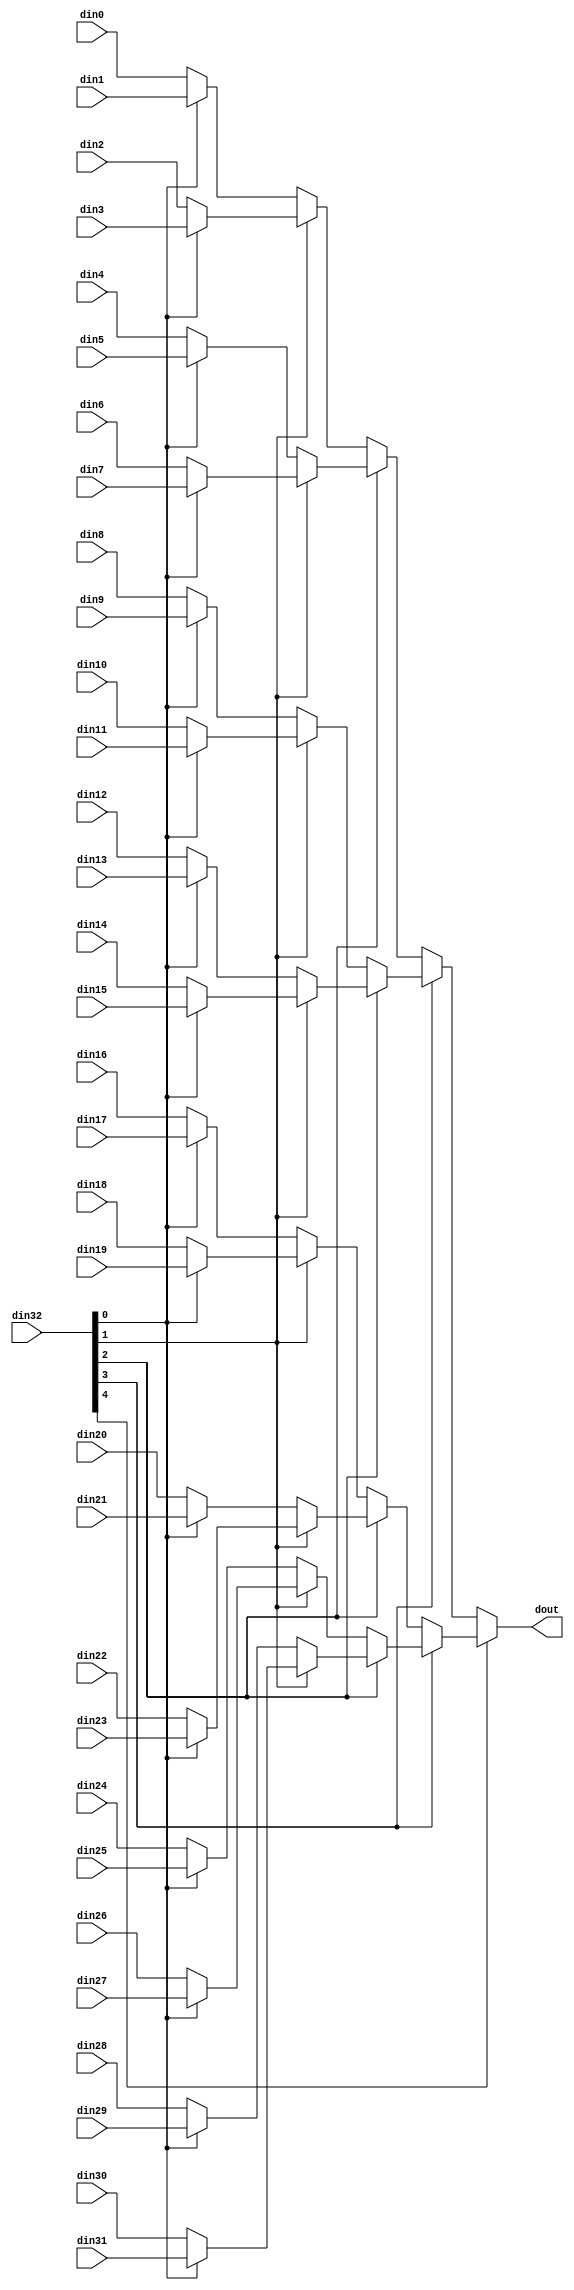
// This program was cloned from: https://github.com/zainryan/INSIDER-System
// License: MIT License

// ==============================================================
// File generated by Vivado(TM) HLS - High-Level Synthesis from C, C++ and SystemC
// Version: 2017.4.op
// Copyright (C) 1986-2018 Xilinx, Inc. All Rights Reserved.
// 
// ==============================================================


`timescale 1ns/1ps

module app_rle_expand_mux_325_8_1_1 #(
parameter
    ID                = 0,
    NUM_STAGE         = 1,
    din0_WIDTH       = 32,
    din1_WIDTH       = 32,
    din2_WIDTH       = 32,
    din3_WIDTH       = 32,
    din4_WIDTH       = 32,
    din5_WIDTH       = 32,
    din6_WIDTH       = 32,
    din7_WIDTH       = 32,
    din8_WIDTH       = 32,
    din9_WIDTH       = 32,
    din10_WIDTH       = 32,
    din11_WIDTH       = 32,
    din12_WIDTH       = 32,
    din13_WIDTH       = 32,
    din14_WIDTH       = 32,
    din15_WIDTH       = 32,
    din16_WIDTH       = 32,
    din17_WIDTH       = 32,
    din18_WIDTH       = 32,
    din19_WIDTH       = 32,
    din20_WIDTH       = 32,
    din21_WIDTH       = 32,
    din22_WIDTH       = 32,
    din23_WIDTH       = 32,
    din24_WIDTH       = 32,
    din25_WIDTH       = 32,
    din26_WIDTH       = 32,
    din27_WIDTH       = 32,
    din28_WIDTH       = 32,
    din29_WIDTH       = 32,
    din30_WIDTH       = 32,
    din31_WIDTH       = 32,
    din32_WIDTH         = 32,
    dout_WIDTH            = 32
)(
    input  [7 : 0]     din0,
    input  [7 : 0]     din1,
    input  [7 : 0]     din2,
    input  [7 : 0]     din3,
    input  [7 : 0]     din4,
    input  [7 : 0]     din5,
    input  [7 : 0]     din6,
    input  [7 : 0]     din7,
    input  [7 : 0]     din8,
    input  [7 : 0]     din9,
    input  [7 : 0]     din10,
    input  [7 : 0]     din11,
    input  [7 : 0]     din12,
    input  [7 : 0]     din13,
    input  [7 : 0]     din14,
    input  [7 : 0]     din15,
    input  [7 : 0]     din16,
    input  [7 : 0]     din17,
    input  [7 : 0]     din18,
    input  [7 : 0]     din19,
    input  [7 : 0]     din20,
    input  [7 : 0]     din21,
    input  [7 : 0]     din22,
    input  [7 : 0]     din23,
    input  [7 : 0]     din24,
    input  [7 : 0]     din25,
    input  [7 : 0]     din26,
    input  [7 : 0]     din27,
    input  [7 : 0]     din28,
    input  [7 : 0]     din29,
    input  [7 : 0]     din30,
    input  [7 : 0]     din31,
    input  [4 : 0]    din32,
    output [7 : 0]   dout);

// puts internal signals
wire [4 : 0]     sel;
// level 1 signals
wire [7 : 0]         mux_1_0;
wire [7 : 0]         mux_1_1;
wire [7 : 0]         mux_1_2;
wire [7 : 0]         mux_1_3;
wire [7 : 0]         mux_1_4;
wire [7 : 0]         mux_1_5;
wire [7 : 0]         mux_1_6;
wire [7 : 0]         mux_1_7;
wire [7 : 0]         mux_1_8;
wire [7 : 0]         mux_1_9;
wire [7 : 0]         mux_1_10;
wire [7 : 0]         mux_1_11;
wire [7 : 0]         mux_1_12;
wire [7 : 0]         mux_1_13;
wire [7 : 0]         mux_1_14;
wire [7 : 0]         mux_1_15;
// level 2 signals
wire [7 : 0]         mux_2_0;
wire [7 : 0]         mux_2_1;
wire [7 : 0]         mux_2_2;
wire [7 : 0]         mux_2_3;
wire [7 : 0]         mux_2_4;
wire [7 : 0]         mux_2_5;
wire [7 : 0]         mux_2_6;
wire [7 : 0]         mux_2_7;
// level 3 signals
wire [7 : 0]         mux_3_0;
wire [7 : 0]         mux_3_1;
wire [7 : 0]         mux_3_2;
wire [7 : 0]         mux_3_3;
// level 4 signals
wire [7 : 0]         mux_4_0;
wire [7 : 0]         mux_4_1;
// level 5 signals
wire [7 : 0]         mux_5_0;

assign sel = din32;

// Generate level 1 logic
assign mux_1_0 = (sel[0] == 0)? din0 : din1;
assign mux_1_1 = (sel[0] == 0)? din2 : din3;
assign mux_1_2 = (sel[0] == 0)? din4 : din5;
assign mux_1_3 = (sel[0] == 0)? din6 : din7;
assign mux_1_4 = (sel[0] == 0)? din8 : din9;
assign mux_1_5 = (sel[0] == 0)? din10 : din11;
assign mux_1_6 = (sel[0] == 0)? din12 : din13;
assign mux_1_7 = (sel[0] == 0)? din14 : din15;
assign mux_1_8 = (sel[0] == 0)? din16 : din17;
assign mux_1_9 = (sel[0] == 0)? din18 : din19;
assign mux_1_10 = (sel[0] == 0)? din20 : din21;
assign mux_1_11 = (sel[0] == 0)? din22 : din23;
assign mux_1_12 = (sel[0] == 0)? din24 : din25;
assign mux_1_13 = (sel[0] == 0)? din26 : din27;
assign mux_1_14 = (sel[0] == 0)? din28 : din29;
assign mux_1_15 = (sel[0] == 0)? din30 : din31;

// Generate level 2 logic
assign mux_2_0 = (sel[1] == 0)? mux_1_0 : mux_1_1;
assign mux_2_1 = (sel[1] == 0)? mux_1_2 : mux_1_3;
assign mux_2_2 = (sel[1] == 0)? mux_1_4 : mux_1_5;
assign mux_2_3 = (sel[1] == 0)? mux_1_6 : mux_1_7;
assign mux_2_4 = (sel[1] == 0)? mux_1_8 : mux_1_9;
assign mux_2_5 = (sel[1] == 0)? mux_1_10 : mux_1_11;
assign mux_2_6 = (sel[1] == 0)? mux_1_12 : mux_1_13;
assign mux_2_7 = (sel[1] == 0)? mux_1_14 : mux_1_15;

// Generate level 3 logic
assign mux_3_0 = (sel[2] == 0)? mux_2_0 : mux_2_1;
assign mux_3_1 = (sel[2] == 0)? mux_2_2 : mux_2_3;
assign mux_3_2 = (sel[2] == 0)? mux_2_4 : mux_2_5;
assign mux_3_3 = (sel[2] == 0)? mux_2_6 : mux_2_7;

// Generate level 4 logic
assign mux_4_0 = (sel[3] == 0)? mux_3_0 : mux_3_1;
assign mux_4_1 = (sel[3] == 0)? mux_3_2 : mux_3_3;

// Generate level 5 logic
assign mux_5_0 = (sel[4] == 0)? mux_4_0 : mux_4_1;

// output logic
assign dout = mux_5_0;

endmodule